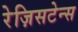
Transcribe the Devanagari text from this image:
रेज़िसटेन्स